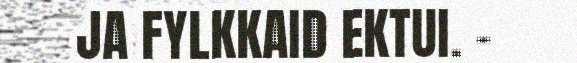
JA FYLKKAID EKTUI. -